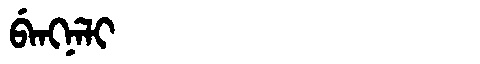
Manchu: ᠪᡝᠩᠨᡝᠯᡳ
Romanization: BENGNELI